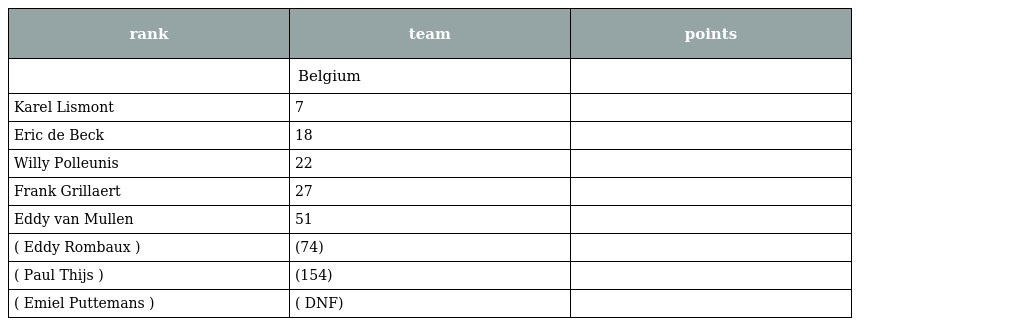
| rank | team | points |
 | --- | --- | --- |
 |  | Belgium |  |
 | Karel Lismont | 7 |  |
 | Eric de Beck | 18 |  |
 | Willy Polleunis | 22 |  |
 | Frank Grillaert | 27 |  |
 | Eddy van Mullen | 51 |  |
 | ( Eddy Rombaux ) | (74) |  |
 | ( Paul Thijs ) | (154) |  |
 | ( Emiel Puttemans ) | ( DNF) |  |